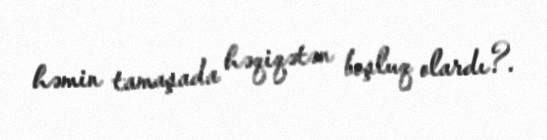
həmin tamaşada həqiqətən boşluq olardı?.